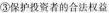
③保护投资者的合法权益